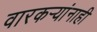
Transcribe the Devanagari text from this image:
वारकर्‍यांनाही